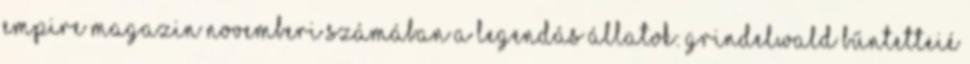
Empire magazin novemberi számában a Legendás állatok: Grindelwald bűntetteié